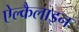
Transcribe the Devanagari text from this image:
ऐल्कैलाइन